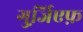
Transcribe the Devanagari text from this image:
गुर्जि़एफ़